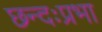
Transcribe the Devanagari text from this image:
छन्दःप्रभा